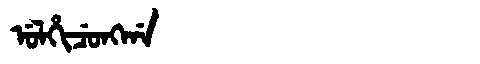
Manchu: ᡠᠯᡥᡳᠴᡠᠩᡤᠠ
Romanization: ULHICUNGGA